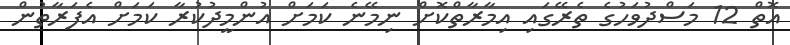
އޮތް 12 މަސްދުވަހުގެ ތެރޭގައި އިމާރާތްކޮށް ނިމޭނެ ކަމަށް އުންމީދުކުރާ ކަމަށް އެފަރާތުން